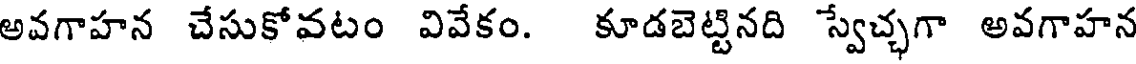
అవగాహన చేసుకోవటం వివేకం. కూడబెట్టినది స్వేచ్చగా అవగాహన